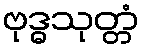
ဗုဒ္ဓသုတ္တံ